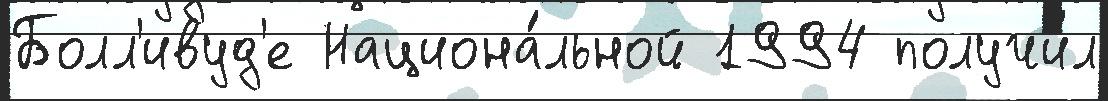
Болл'ивуд'е Национа́льной 1994 получи́л